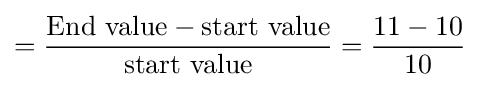
={\frac {{\text{End value}}-{\text{start value}}}{\text{start value}}}={\frac {11-10}{10}}